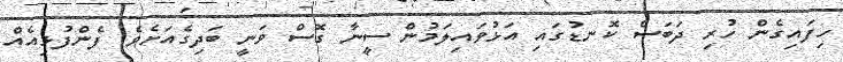
ހިފައިގެން ހުރި ދަބަސް ކޮނޑުގައި އަޅުވައިލަމުން ސީނާ ގޮސް ވަނީ ބަދިގެއަށެވެ. ފެންފުޅިއެއް